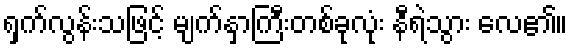
ရှက်လွန်းသဖြင့် မျက်နှာကြီးတစ်ခုလုံး နီရဲသွား လေ၏။